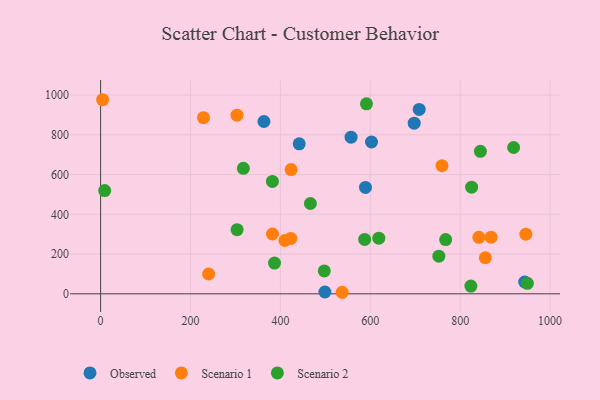
{"axis": {"x": "Price", "y": "Rating"}, "legend": ["Observed", "Scenario 1", "Scenario 2"], "data": [{"x": "602.7", "y": 763.7, "type": "Observed"}, {"x": "943.4", "y": 59.3, "type": "Observed"}, {"x": "708.8", "y": 927.5, "type": "Observed"}, {"x": "697.6", "y": 858.4, "type": "Observed"}, {"x": "441.8", "y": 754.6, "type": "Observed"}, {"x": "363.4", "y": 866.8, "type": "Observed"}, {"x": "557.2", "y": 788.0, "type": "Observed"}, {"x": "499.0", "y": 9.0, "type": "Observed"}, {"x": "589.2", "y": 535.4, "type": "Observed"}, {"x": "868.7", "y": 284.7, "type": "Scenario 1"}, {"x": "423.8", "y": 624.8, "type": "Scenario 1"}, {"x": "382.3", "y": 301.0, "type": "Scenario 1"}, {"x": "4.5", "y": 976.4, "type": "Scenario 1"}, {"x": "759.4", "y": 644.4, "type": "Scenario 1"}, {"x": "855.9", "y": 181.4, "type": "Scenario 1"}, {"x": "946.1", "y": 299.9, "type": "Scenario 1"}, {"x": "423.3", "y": 278.7, "type": "Scenario 1"}, {"x": "841.5", "y": 284.1, "type": "Scenario 1"}, {"x": "410.1", "y": 268.2, "type": "Scenario 1"}, {"x": "240.3", "y": 99.7, "type": "Scenario 1"}, {"x": "303.4", "y": 898.7, "type": "Scenario 1"}, {"x": "228.9", "y": 885.9, "type": "Scenario 1"}, {"x": "537.4", "y": 7.7, "type": "Scenario 1"}, {"x": "949.4", "y": 52.7, "type": "Scenario 2"}, {"x": "386.9", "y": 154.7, "type": "Scenario 2"}, {"x": "303.6", "y": 322.7, "type": "Scenario 2"}, {"x": "591.4", "y": 955.8, "type": "Scenario 2"}, {"x": "918.8", "y": 736.1, "type": "Scenario 2"}, {"x": "466.7", "y": 454.4, "type": "Scenario 2"}, {"x": "752.5", "y": 189.2, "type": "Scenario 2"}, {"x": "767.6", "y": 272.6, "type": "Scenario 2"}, {"x": "823.7", "y": 38.7, "type": "Scenario 2"}, {"x": "317.6", "y": 631.2, "type": "Scenario 2"}, {"x": "382.2", "y": 565.5, "type": "Scenario 2"}, {"x": "497.6", "y": 115.1, "type": "Scenario 2"}, {"x": "587.4", "y": 273.5, "type": "Scenario 2"}, {"x": "844.9", "y": 716.6, "type": "Scenario 2"}, {"x": "825.4", "y": 536.6, "type": "Scenario 2"}, {"x": "618.9", "y": 280.1, "type": "Scenario 2"}, {"x": "9.0", "y": 519.2, "type": "Scenario 2"}]}